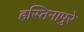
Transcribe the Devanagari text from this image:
हस्तिनापुरे